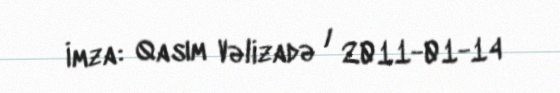
İmza: Qasım Vəlizadə / 2011-01-14